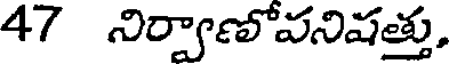
47 నిర్వాణోవనిషత్తు,